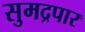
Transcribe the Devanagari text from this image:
सुमद्रपार